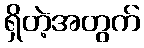
ရှိတဲ့အတွက်